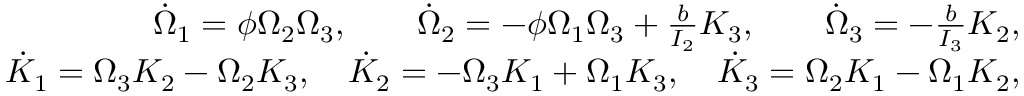
\begin{array} { r } { \dot { \Omega } _ { 1 } = \phi \Omega _ { 2 } \Omega _ { 3 } , \qquad \dot { \Omega } _ { 2 } = - \phi \Omega _ { 1 } \Omega _ { 3 } + \frac { b } { I _ { 2 } } K _ { 3 } , \qquad \dot { \Omega } _ { 3 } = - \frac { b } { I _ { 3 } } K _ { 2 } , } \\ { \dot { K } _ { 1 } = \Omega _ { 3 } K _ { 2 } - \Omega _ { 2 } K _ { 3 } , \quad \dot { K } _ { 2 } = - \Omega _ { 3 } K _ { 1 } + \Omega _ { 1 } K _ { 3 } , \quad \dot { K } _ { 3 } = \Omega _ { 2 } K _ { 1 } - \Omega _ { 1 } K _ { 2 } , } \end{array}